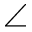
\angle